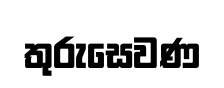
තුරුසෙවණ